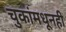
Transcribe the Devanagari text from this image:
चुकांमधूनही